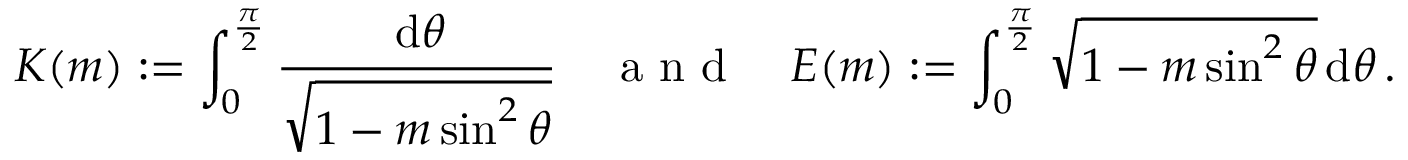
K ( m ) : = \int _ { 0 } ^ { \frac { \pi } { 2 } } \frac { \, \mathrm { d } \theta } { \sqrt { 1 - m \sin ^ { 2 } \theta } } \quad \mathrm { ~ a ~ n ~ d ~ } \quad E ( m ) : = \int _ { 0 } ^ { \frac { \pi } { 2 } } \sqrt { 1 - m \sin ^ { 2 } \theta } \, \mathrm { d } \theta \, .